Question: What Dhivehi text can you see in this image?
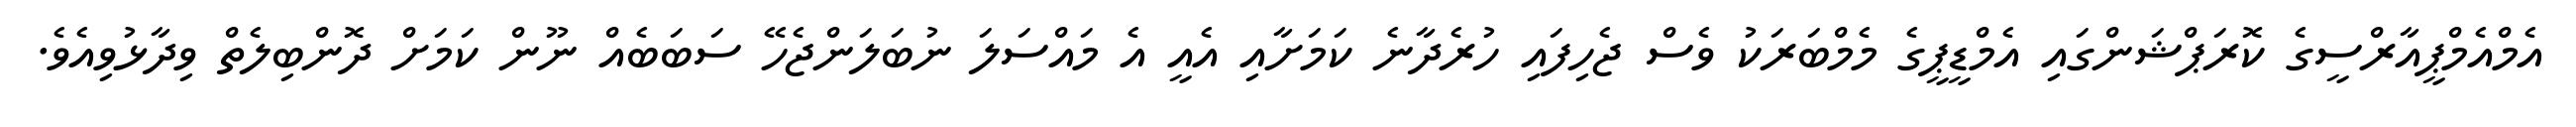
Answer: އެމްއެމްޕީއާރްސީގެ ކޮރަޕްޝަންގައި އެމްޑީޕީގެ މެމްބަރަކު ވެސް ޖެހިފައި ހުރެދާނެ ކަމަށާއި އެއީ އެ މައްސަލަ ނުބަލަންޖެހޭ ސަބަބެއް ނޫން ކަމަށް ދޮންބިލެތް ވިދާޅުވިއެވެ.